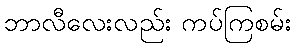
ဘာလီလေးလည်း ကပ်ကြစမ်း